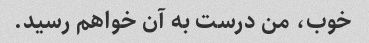
خوب، من درست به آن خواهم رسید.